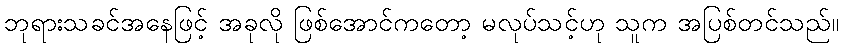
ဘုရားသခင်အနေဖြင့် အခုလို ဖြစ်အောင်ကတော့ မလုပ်သင့်ဟု သူက အပြစ်တင်သည်။